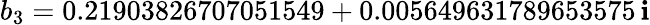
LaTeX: b_{3}=0.21903826707051549+0.005649631789653575\, \mathbf{i}